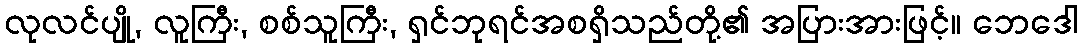
လုလင်ပျို, လူကြီး, စစ်သူကြီး, ရှင်ဘုရင်အစရှိသည်တို့၏ အပြားအားဖြင့်။ ဘေဒေါ